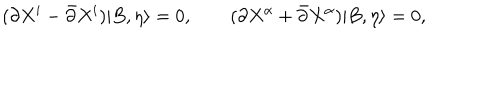
LaTeX: ( \partial X ^ { i } - \bar { \partial } X ^ { i } ) | B , \eta \rangle = 0 , \qquad ( \partial X ^ { \alpha } + \bar { \partial } X ^ { \alpha } ) | B , \eta \rangle = 0 ,